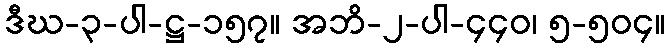
ဒီဃ-၃-ပါ-ဋ္ဌ-၁၅၇။ အဘိ-၂-ပါ-၄၄၀၊ ၅-၅၀၄။